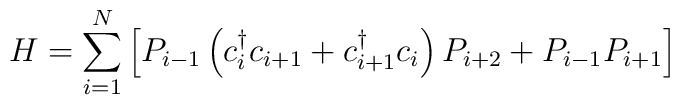
H= \sum_{i=1}^N \left[P_{i-1}  \left( c^\dagger_i c_{i+1} + c^\dagger_{i+1}c_i\right)P_{i+2}   +P_{i-1}P_{i+1}\right]